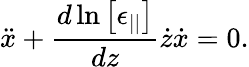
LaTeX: \ddot{x}+\frac{d\ln\left[\epsilon_{||}\right]}{dz}\dot{z}\dot{x}=0.